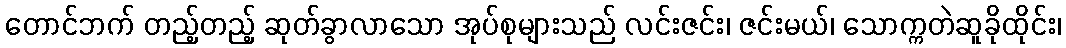
တောင်ဘက် တည့်တည့် ဆုတ်ခွာလာသော အုပ်စုများသည် လင်းဇင်း၊ ဇင်းမယ်၊ သောက္ကတဲဆူခိုထိုင်း၊